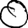
Digit: 0